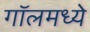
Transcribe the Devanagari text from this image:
गॉलमध्ये